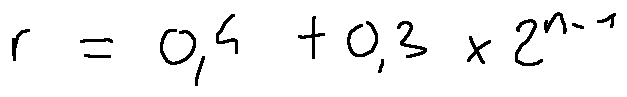
r = 0 , 4 + 0 , 3 \times 2 ^ { n - 1 }